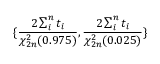
\lbrace \frac { 2 \sum _ { i } ^ { n } t _ { i } } { \chi _ { 2 n } ^ { 2 } ( 0 . 9 7 5 ) } , \frac { 2 \sum _ { i } ^ { n } t _ { i } } { \chi _ { 2 n } ^ { 2 } ( 0 . 0 2 5 ) } \rbrace